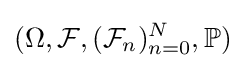
(\Omega ,{\mathcal {F}},({\mathcal {F}}_{n})_{n=0}^{N},\mathbb {P} )